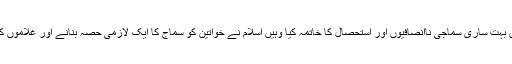
کیونکہ اسلام کی آمد نے جہاں بہت ساری سماجی ناانصافیوں اور استحصال کا خاتمہ کیا وہیں اسلام نے خواتین کو سماج کا ایک لازمی حصہ بنانے اور غلاموں کی آزادی پے خاص توجہ دی۔